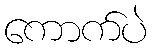
ကောက်ပဲ